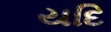
યદિ